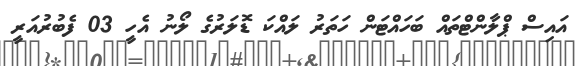
އައިސް ޕްލާންޓްތައް ބަހައްޓަން ހަތަރު ލައްކަ ޑޮލަރުގެ ލޯނު އެހީ 03 ފެބުރުއަރީ